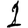
Digit: 1